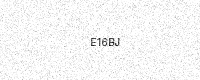
Text: E16BJ